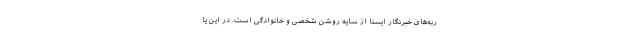
ربه‌های خبرنگار ایسنا از سایه روشن شخصی و خانوادگی است. در این یا